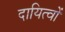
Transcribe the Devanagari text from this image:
दायित्‍वों